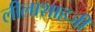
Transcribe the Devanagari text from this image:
लीलाशाहजी